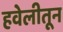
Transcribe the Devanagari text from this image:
हवेलीतून